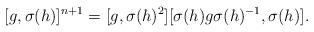
LaTeX: \begin{align*}[g,\sigma(h)]^{n+1}=[g,\sigma(h)^2][\sigma(h)g\sigma(h)^{-1},\sigma(h)].\end{align*}